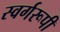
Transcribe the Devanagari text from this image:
स्वर्गरूपी